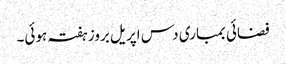
فضائی بمباری دس اپریل بروز ہفتہ ہوئی۔